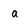
Character: a